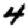
Digit: 4